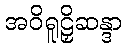
အဝိရူဠှိဆန္ဒာ